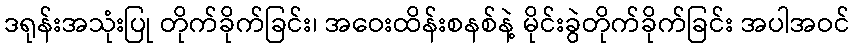
ဒရုန်းအသုံးပြု တိုက်ခိုက်ခြင်း၊ အဝေးထိန်းစနစ်နဲ့ မိုင်းခွဲတိုက်ခိုက်ခြင်း အပါအဝင်